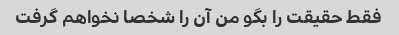
فقط حقیقت را بگو من آن را شخصا نخواهم گرفت